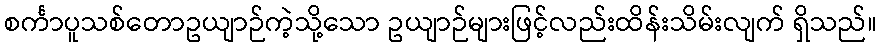
စင်္ကာပူသစ်တောဥယျာဉ်ကဲ့သို့သော ဥယျာဉ်များဖြင့်လည်းထိန်းသိမ်းလျက် ရှိသည်။